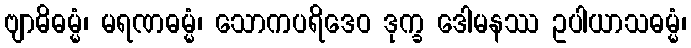
ဗျာဓိဓမ္မံ၊ မရဏဓမ္မံ၊ သောကပရိဒေဝ ဒုက္ခ ဒေါမနဿ ဥပါယာသဓမ္မံ၊